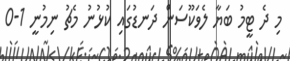
މި ދެ ޓީމު ބަޔާ ލެވަކޫސަން ދަނޑުގައި ކުޅުނު މެޗު ނިމުނީ 1-0